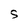
Character: S